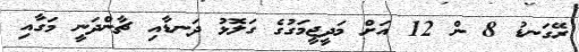
ރޭގަނޑު 8 ން 12 އަށް މަދީޖީމަގުގެ ގަލޮޅު ދަނޑާއި ޗާންދަނީ މަގާއި